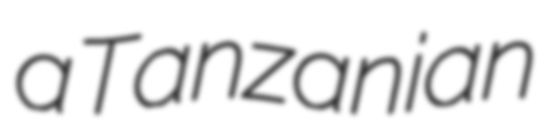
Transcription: a Tanzanian